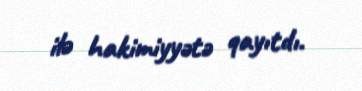
ilə hakimiyyətə qayıtdı.